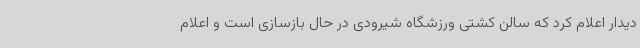
دیدار اعلام کرد که سالن کشتی ورزشگاه شیرودی در حال بازسازی است و اعلام